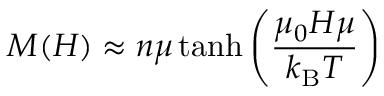
M ( H ) \approx n \mu \operatorname { t a n h } \left( { \frac { \mu _ { 0 } H \mu } { k _ { \mathrm { B } } T } } \right)